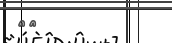
٥٤